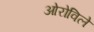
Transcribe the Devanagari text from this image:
ओरोविले